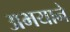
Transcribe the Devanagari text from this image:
अभयाने